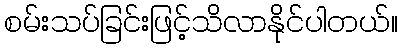
စမ်းသပ်ခြင်းဖြင့်သိလာနိုင်ပါတယ်။